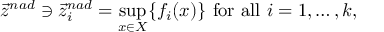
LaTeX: { \vec { z } } ^ { n a d } \ni { \vec { z } } _ { i } ^ { n a d } = { \underset { x \in X } { \operatorname* { s u p } } } \{ f _ { i } ( x ) \} { \mathrm { ~ f o r ~ a l l ~ } } i = 1 , \ldots , k ,